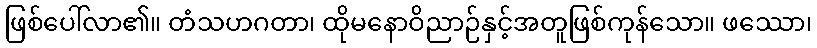
ဖြစ်ပေါ်လာ၏။ တံသဟဂတာ၊ ထိုမနောဝိညာဉ်နှင့်အတူဖြစ်ကုန်သော။ ဖဿော၊